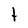
Character: t